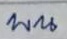
บน